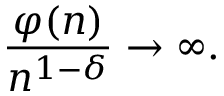
{ \frac { \varphi ( n ) } { n ^ { 1 - \delta } } } \rightarrow \infty .